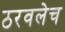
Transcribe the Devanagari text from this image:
ठरवलेच